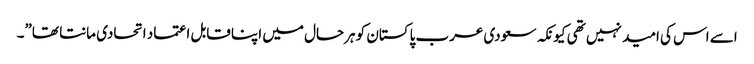
اسے اس کی امید نہیں تھی کیونکہ سعودی عرب پاکستان کو ہرحال میں اپنا قابل اعتماد اتحادی مانتا تھا”۔